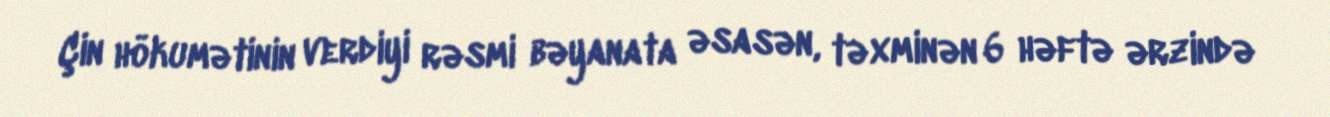
Çin hökumətinin verdiyi rəsmi bəyanata əsasən, təxminən 6 həftə ərzində